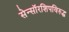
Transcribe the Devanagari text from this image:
सेन्सॉरशिपविरुद्ध